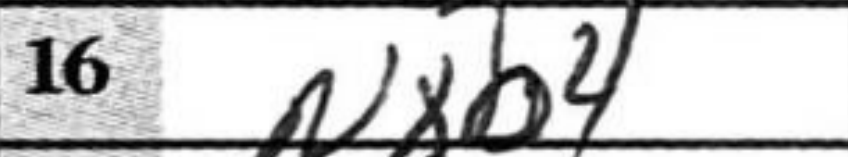
Transcription: Nxb4